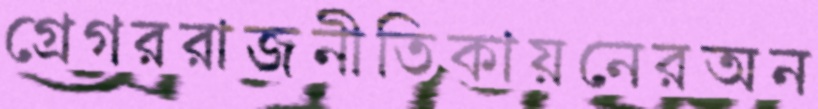
গ্রেগররাজনীতিকায়নেরঅন